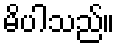
မိပါသည်။